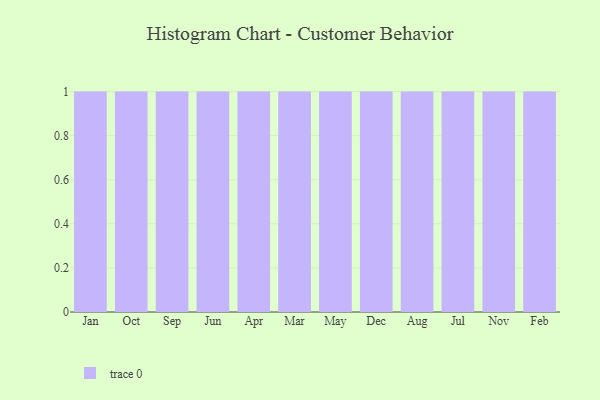
{"axis": {"x": "Month", "y": "Gross Profit (USD K)"}, "legend": [""], "data": [{"x": "Jan", "y": 81, "type": ""}, {"x": "Oct", "y": 4, "type": ""}, {"x": "Sep", "y": 32, "type": ""}, {"x": "Jun", "y": 14, "type": ""}, {"x": "Apr", "y": 28, "type": ""}, {"x": "Mar", "y": 85, "type": ""}, {"x": "May", "y": 16, "type": ""}, {"x": "Dec", "y": 84, "type": ""}, {"x": "Aug", "y": 56, "type": ""}, {"x": "Jul", "y": 29, "type": ""}, {"x": "Nov", "y": 89, "type": ""}, {"x": "Feb", "y": 33, "type": ""}]}